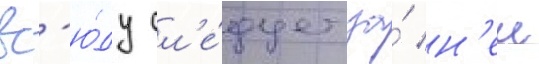
вс'ю́ду сл'е́дует за́ н'еи